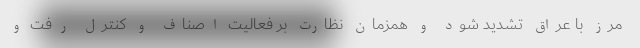
مرز با عراق تشدید شود و همزمان نظارت بر فعالیت اصناف و کنترل رفت و